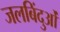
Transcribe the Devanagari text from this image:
जलबिंदुओं